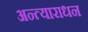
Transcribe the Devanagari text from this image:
अन्त्याराधन